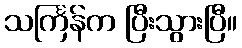
သင်္ကြန်က ပြီးသွားပြီ။